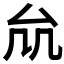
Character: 𠫠